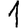
Digit: 1